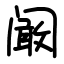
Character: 阚